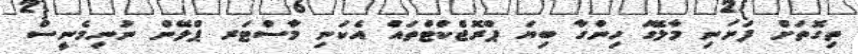
ތިގޮތަށް ފަށަނި މާލޭގަ ހިންގާ ބިޔަ ޕްރޮޖެްކްޓްތައް އެކަނި މާސްޓަރ ޕްލޭން ނުނިމެނީސް